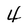
Character: 4